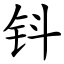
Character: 钭